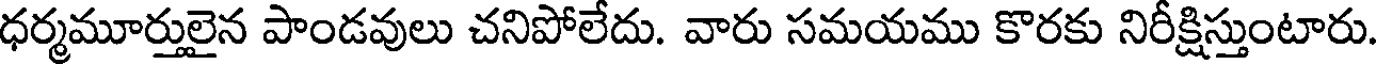
ధర్మమూర్తులైన పాండవులు చనిపోలేదు. వారు సమయము కొరకు నిరీక్షిస్తుంటారు.